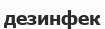
дезинфек